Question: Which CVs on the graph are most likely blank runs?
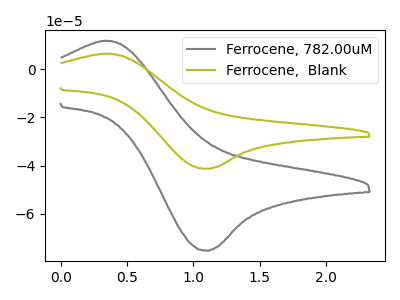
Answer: <think>The gray curve "Ferrocene, 782.00uM" has an anodic peak at (0.35V, 11.95uA) and a cathodic peak at (1.10V, -75.50uA). The olive curve "Ferrocene,  Blank" has an anodic peak at (0.35V, 6.55uA) and a cathodic peak at (1.10V, -41.40uA).</think>
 <answer>There are not any CV's on this graph that are likely to be blanks.</answer>
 <eval>none</eval>